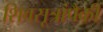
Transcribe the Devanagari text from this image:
शिवसूत्रांपैकी